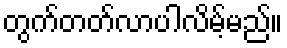
တွက်တတ်လာပါလိမ့်မည်။